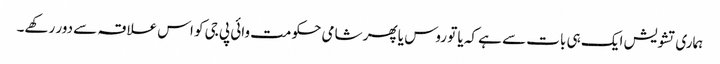
ہماری تشویش ایک ہی بات سے ہے کہ یا تو روس یا پھر شامی حکومت وائی پی جی کو اس علاقہ سے دور رکھے۔